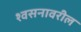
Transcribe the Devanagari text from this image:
श्वसनावरील